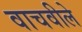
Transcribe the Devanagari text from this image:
वाचवीले